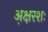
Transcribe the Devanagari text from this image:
अ़क्षरशः